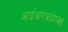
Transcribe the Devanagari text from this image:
आईआरआईएक्स